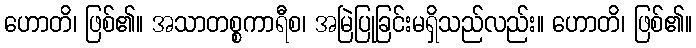
ဟောတိ၊ ဖြစ်၏။ အသာတစ္စကာရီစ၊ အမြဲပြုခြင်းမရှိသည်လည်း။ ဟောတိ၊ ဖြစ်၏။